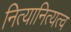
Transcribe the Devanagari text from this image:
नित्यानित्यत्व